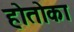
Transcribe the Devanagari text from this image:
होतोका